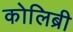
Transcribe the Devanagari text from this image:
कोलिब्री